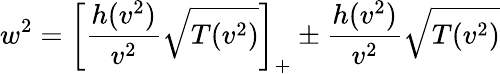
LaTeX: w^{2}=\left[\frac{h(v^{2})}{v^{2}}\sqrt{T(v^{2})}\right]_{+}\pm\frac{h(v^{2})}{v^{2}}\sqrt{T(v^{2})}